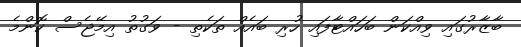
ބާޒާރުގައި ވިއްކަން ބަހައްޓާފައި ހުރި ބައެއް ތަކެތި - ވަގުތު އިމޭޖެސް ކޮންމެ